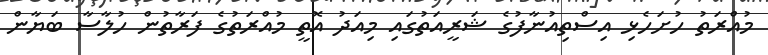
މުއްރަތު ހުށަހެޅި އިސްތިއުނާފުގެ ޝަރީއަތުގައި މިއަދު އޮތީ މުއްރަތުގެ ފަރާތުން ހުލާސާ ބަޔާން